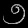
Digit: ၅